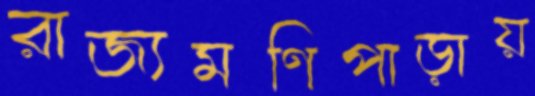
রাজ্যমণিপাড়ায়